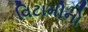
વિટામીનો